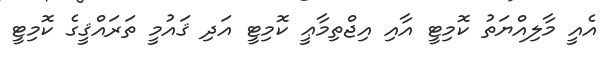
އެއީ މާލިއްޔަތު ކޮމިޓީ އާއި އިޖްތިމާޢީ ކޮމިޓީ އަދި ޤައުމީ ތަރައްޤީގެ ކޮމިޓީ